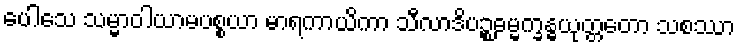
ပေါသေ သမ္မာဝါယာမပစ္စယာ မာရကာယိကာ သီလာဒိပဉ္စဓမ္မက္ခန္ဓယုတ္တတော သစဿာ